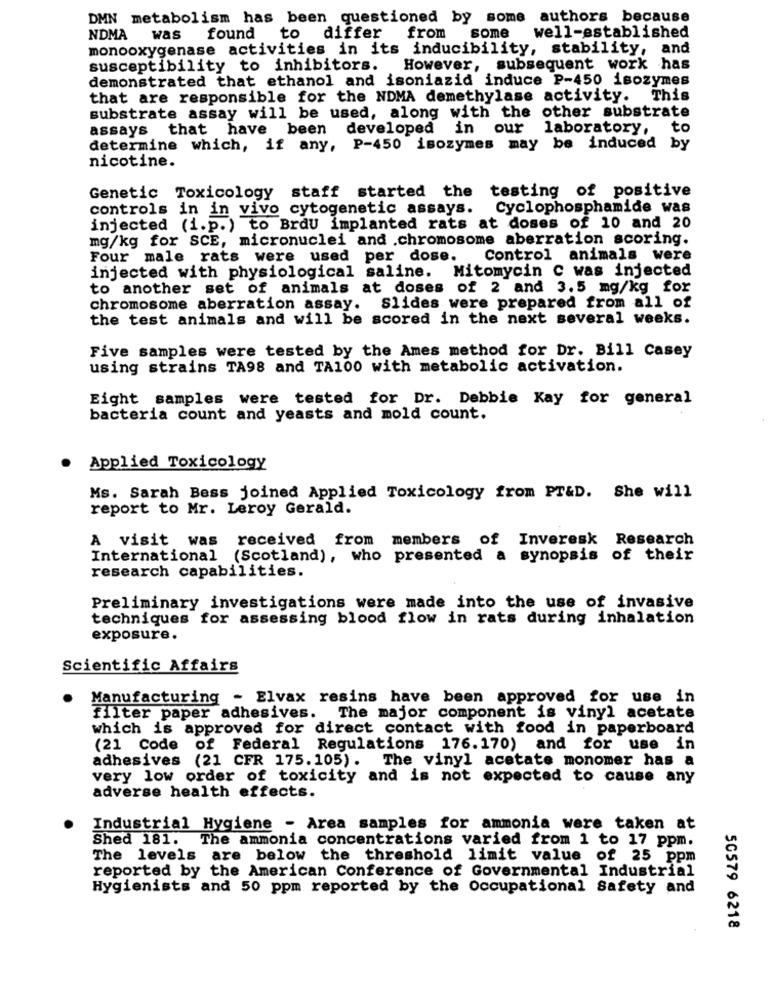
DMN metabolism has been questioned by some authors because
NDMA
was
found
to
differ
from
some
well-established
monooxygenase activities in its inducibility, stability,
and
susceptibility to inhibitors. However, subsequent work has
demonstrated that ethanol and isoniazid induce P-450 isozymes
that are responsible for the NDMA demethylase activity. This
substrate assay will be used, along with the other substrate
assays that have been developed in our laboratory,
to
determine which, if any, P-450 isozymes may be induced by
nicotine.
Genetic Toxicology staff started the testing of positive
controls in in vivo cytogenetic assays.
Cyclophosphamide was
injected (i.p.) to Brdu implanted rats at doses of 10 and 20
mg/kg for SCE, micronuclei and .chromosome aberration scoring.
Four male rats were used per dose.
Control animals were
Mitomycin C was injected
injected with physiological saline.
to another set of animals at doses of 2 and 3.5 mg/kg for
chromosome aberration assay.
Slides were prepared from all of
the test animals and will be scored in the next several weeks.
Five samples were tested by the Ames method for Dr. Bill Casey
using strains TA98 and TA100 with metabolic activation.
Eight samples were tested for Dr. Debbie Kay for general
bacteria count and yeasts and mold count.
Applied Toxicology
Ms. Sarah Bess joined Applied Toxicology from PT&D. She will
report to Mr. Leroy Gerald.
A visit was received from members of Inveresk Research
International (Scotland), who presented a synopsis of their
research capabilities.
Preliminary investigations were made into the use of invasive
techniques for assessing blood flow in rats during inhalation
exposure.
Scientific Affairs
Manufacturing - Elvax resins have been approved for use in
filter paper adhesives. The major component is vinyl acetate
which is approved for direct contact with food in paperboard
(21 Code of Federal Regulations 176.170) and for use in
adhesives (21 CFR 175.105). The vinyl acetate monomer has a
very low order of toxicity and is not expected to cause any
adverse health effects.
Industrial Hygiene - Area samples for ammonia were taken at
Shed 181. The ammonia concentrations varied from 1 to 17 ppm.
The levels are below the threshold limit value of 25 ppm
reported by the American Conference of Governmental Industrial
Hygienists and 50 ppm reported by the Occupational Safety and
50579 6218